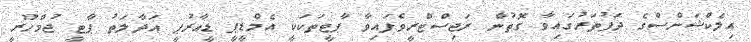
އިލެކްޝަންސްގެ ދަފުތަރުގައިވާ ގޮތުން ރަޖިސްޓްރީވެފައިވާ ޕާޓީތަކަކީ އެމްޑީޕީ ޑީއާރުޕީ އަދާލަތު ޕާޓީ ޖުމްހޫރީ